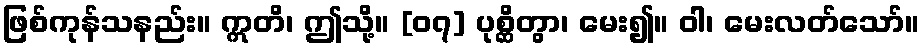
ဖြစ်ကုန်သနည်း။ ဣတိ၊ ဤသို့။ [၀၇] ပုစ္ဆိတွာ၊ မေး၍။ ဝါ၊ မေးလတ်သော်။